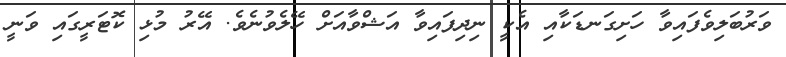
ވަރުބަލިވެފައިވާ ހަށިގަނޑަކާއި އެކީ ނިދިފައިވާ އަޝްވާއަށް ހޭލެވުނެވެ. އޭރު މުޅި ކޮޓަރީގައި ވަނީ